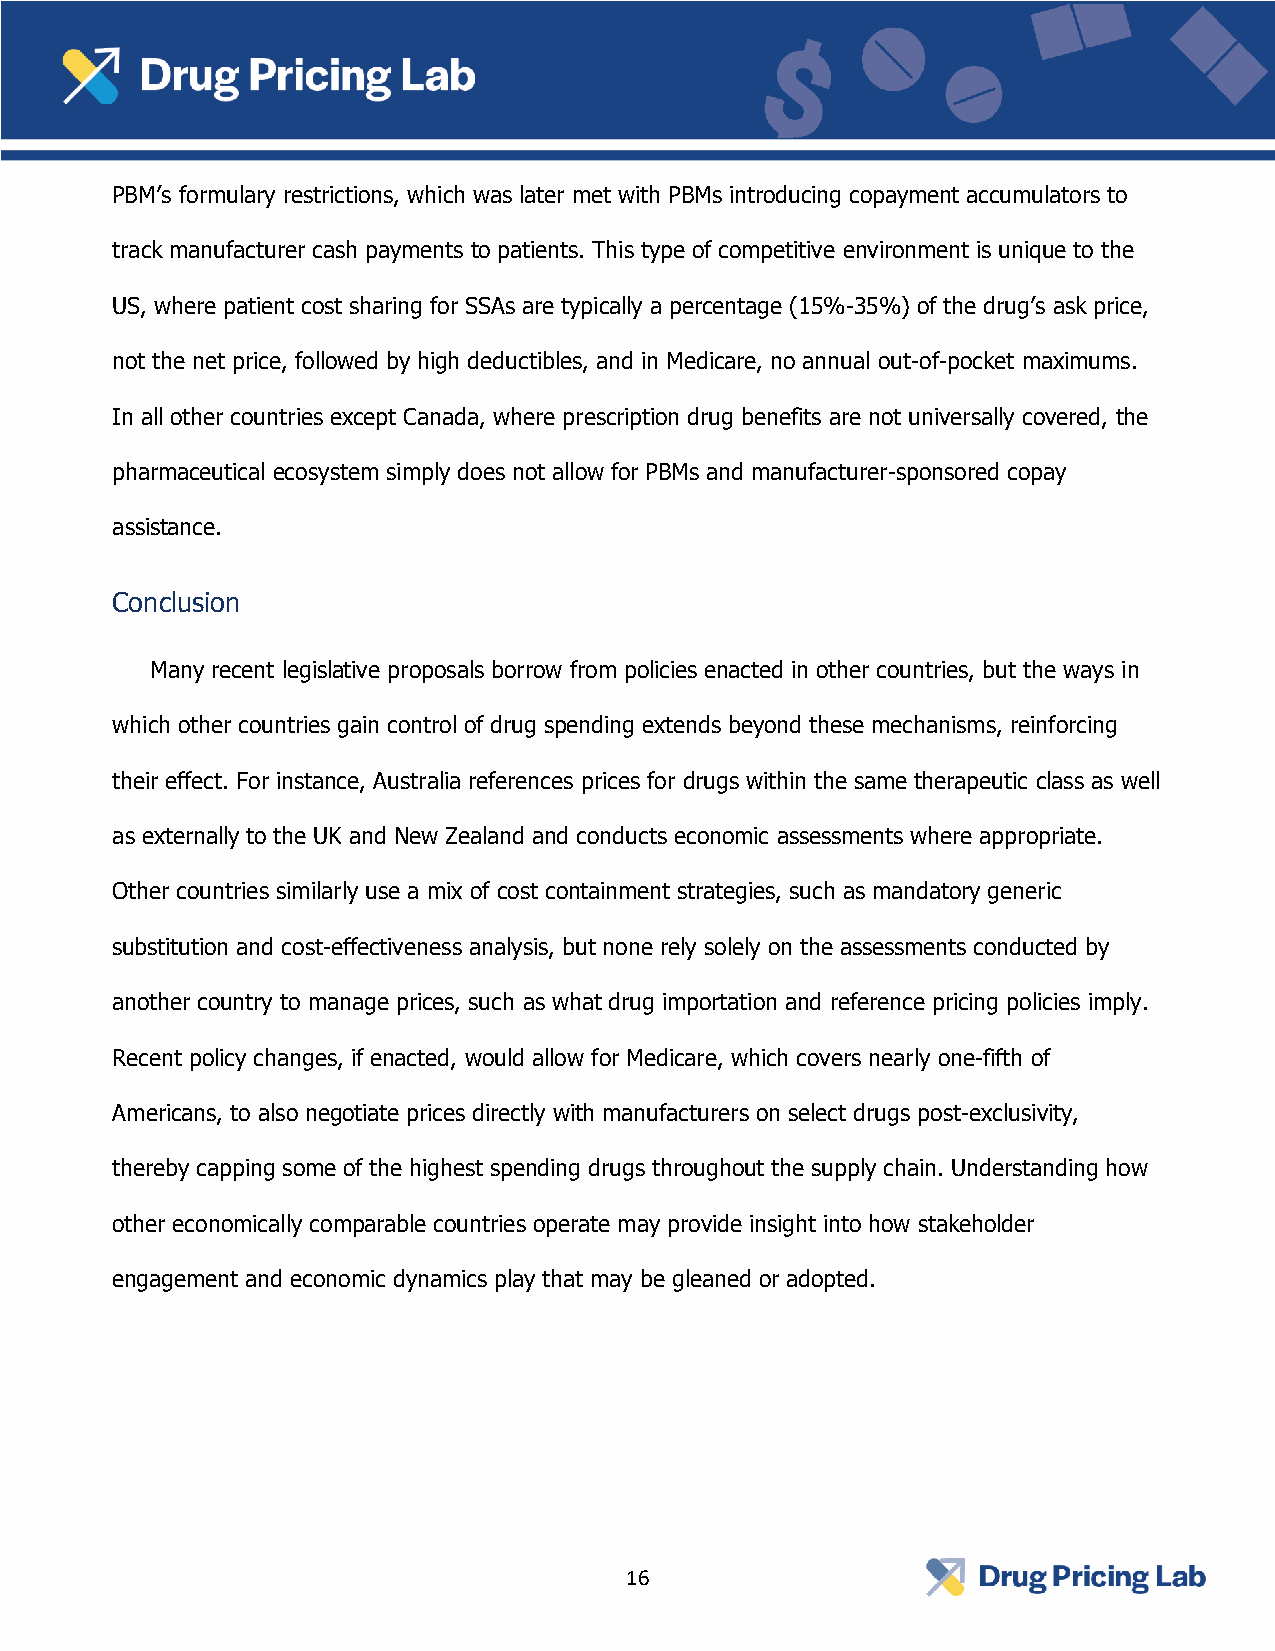
PBM’s formulary restrictions, which was later met with PBMs introducing copayment accumulators to
 track manufacturer cash payments to patients. This type of competitive environment is unique to the
 US, where patient cost sharing for SSAs are typically a percentage (15%-35%) of the drug’s ask price,
 not the net price, followed by high deductibles, and in Medicare, no annual out-of-pocket maximums.
 In all other countries except Canada, where prescription drug benefits are not universally covered, the
 pharmaceutical ecosystem simply does not allow for PBMs and manufacturer-sponsored copay
 assistance.
 Conclusion
 Many recent legislative proposals borrow from policies enacted in other countries, but the ways in
 which other countries gain control of drug spending extends beyond these mechanisms, reinforcing
 their effect. For instance, Australia references prices for drugs within the same therapeutic class as well
 as externally to the UK and New Zealand and conducts economic assessments where appropriate.
 Other countries similarly use a mix of cost containment strategies, such as mandatory generic
 substitution and cost-effectiveness analysis, but none rely solely on the assessments conducted by
 another country to manage prices, such as what drug importation and reference pricing policies imply.
 Recent policy changes, if enacted, would allow for Medicare, which covers nearly one-fifth of
 Americans, to also negotiate prices directly with manufacturers on select drugs post-exclusivity,
 thereby capping some of the highest spending drugs throughout the supply chain. Understanding how
 other economically comparable countries operate may provide insight into how stakeholder
 engagement and economic dynamics play that may be gleaned or adopted.
 16